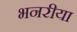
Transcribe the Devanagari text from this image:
भनरीया